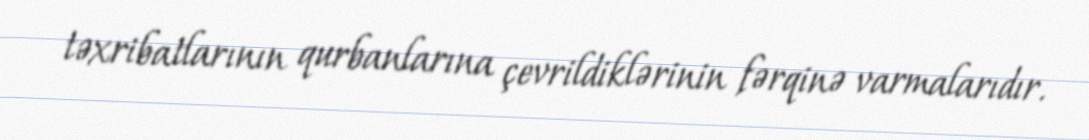
təxribatlarının qurbanlarına çevrildiklərinin fərqinə varmalarıdır.